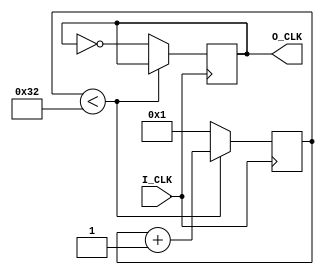
module Divider(
    input I_CLK,
    output reg O_CLK
    );
parameter cycle=100;
reg[31:0] count=0;
initial
O_CLK=0;

always@(posedge I_CLK)
begin 
  if(count<cycle/2)
    count=count+1;
  else
    begin
      count=1;
      O_CLK=~O_CLK;
    end
end    
endmodule